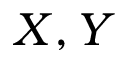
X , Y